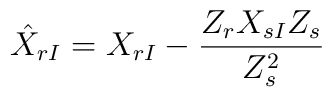
\hat X_{rI}=X_{rI}-{Z_rX_{sI}Z_s\over Z_s^2}